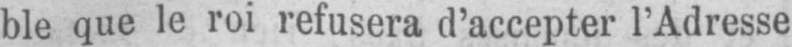
ble que le roi refusera d’accepter l’Adresse